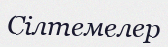
Cілтемелер